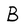
Character: B